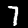
Digit: 7